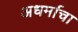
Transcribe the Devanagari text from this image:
अधर्माचा